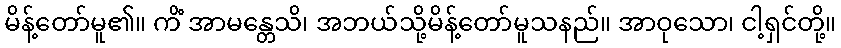
မိန့်တော်မူ၏။ ကိံ အာမန္တေသိ၊ အဘယ်သို့မိန့်တော်မူသနည်။ အာဝုသော၊ ငါ့ရှင်တို့။